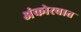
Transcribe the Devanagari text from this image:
अंकोरवात